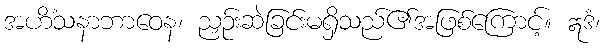
အဟိံသနာဘာဝေန၊ ညှဉ်းဆဲခြင်းမရှိသည်၏အဖြစ်ကြောင့်။ ဣဒံ၊